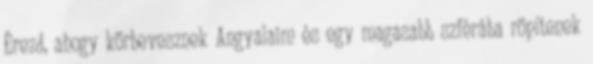
Érezd, ahogy körbevesznek Angyalaim és egy magasabb szférába röpítenek